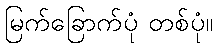
မြက်ခြောက်ပုံ တစ်ပုံ။